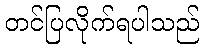
တင်ပြလိုက်ရပါသည်